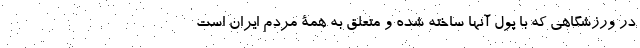
در ورزشگاهی که با پول آنها ساخته شده و متعلق به همۀ مردم ایران است